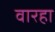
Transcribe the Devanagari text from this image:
वारहा